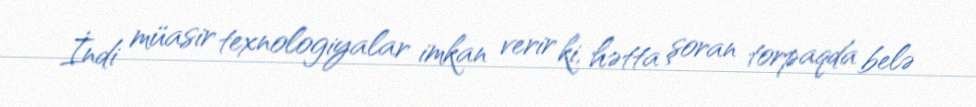
İndi müasir texnologiyalar imkan verir ki, hətta şoran torpaqda belə